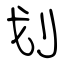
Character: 划